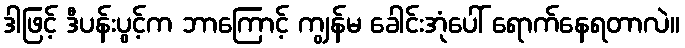
ဒါဖြင့် ဒီပန်းပွင့်က ဘာကြောင့် ကျွန်မ ခေါင်းအုံပေါ် ရောက်နေရတာလဲ။